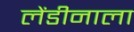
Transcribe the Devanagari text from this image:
लेंडीनाला